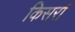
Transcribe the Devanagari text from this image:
किसर्रा